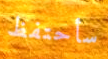
سأحتفظ